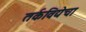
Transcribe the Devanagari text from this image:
तर्कविद्येचा